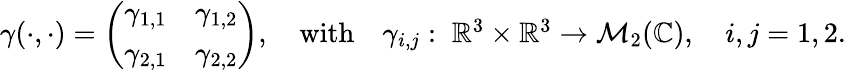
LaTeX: \begin{array}{r}{\gamma(\cdot,\cdot)=\left(\begin{array}{ll}{\gamma_{1,1}}&{\gamma_{1,2}}\\ {\gamma_{2,1}}&{\gamma_{2,2}}\end{array}\right),\quad\textrm{with}\quad\gamma_{i,j}:\; \mathbb{R}^{3}\times\mathbb{R}^{3}\to\mathcal{M}_{2}(\mathbb{C}),\quad i,j=1,2.}\end{array}